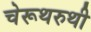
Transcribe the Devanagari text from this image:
चेरूथरुथी